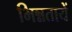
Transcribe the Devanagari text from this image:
भिन्नतायें